Code of medical and sanitary regulations for the guidance of medical officers serving in the Madras Presidency - Volume I
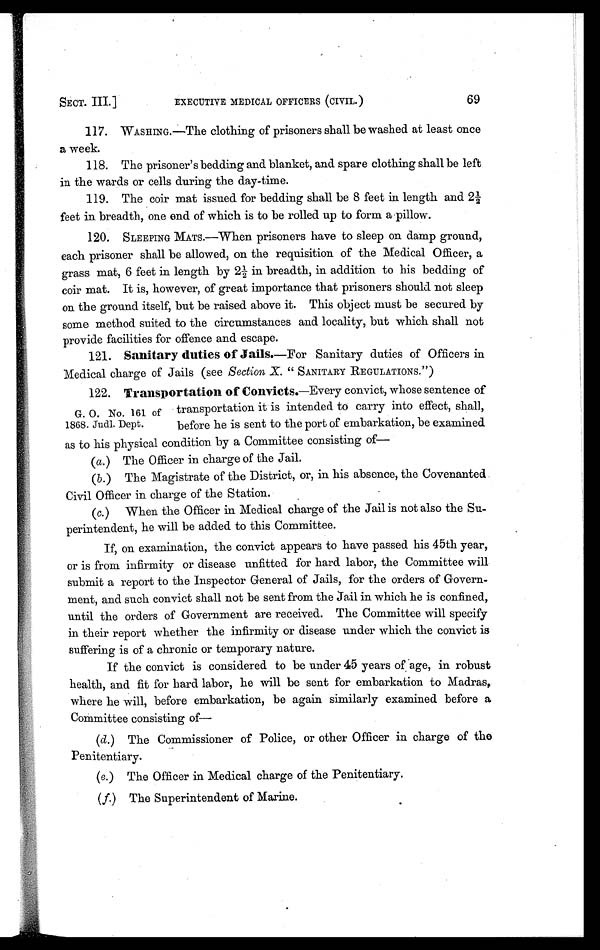
SECT. III.]
EXECUTIVE MEDICAL OFFICERS (CIVIL.)
69
117. WASHING.—The clothing of prisoners shall be washed at least once
a week.
118. The prisoner's bedding and blanket, and spare clothing shall be left
in the wards or cells during the day-time.
119. The coir mat issued for bedding shall be 8 feet in length and 2½
feet in breadth, one end of which is to be rolled up to form a pillow.
120. SLEEPING MATS.—W hen prisoners have to sleep on damp ground,
each prisoner shall be allowed, on the requisition of the Medical Officer, a
grass mat, 6 feet in length by 2½ in breadth, in addition to his bedding of
coir mat. It is, however, of great importance that prisoners should not sleep
on the ground itself, but be raised above it. This object must be secured by
some method suited to the circumstances and locality, but which shall not
provide facilities for offence and escape.
121.
Sanitary duties of Jails. —For Sanitary duties of Officers in
Medical charge of Jails (see Section, X. " SANITARY REGULATIONS.")
122.
Transportation of Convicts. —Every convict, whose sentence of
transportation it is intended to carry into effect, shall,
before he is sent to the port of embarkation, be examined
as to his physical condition by a Committee consisting of—
( a .
) The Officer in charge of the Jail.
( b .
) T h e M a g i s t r a t e o f t h e D i s t r i c t , o r , i n h i s a b s e n c e , t h e C o v e n a n t e d
Civil Officer in charge of the Station.
(c.) When the Officer in Medical charge of the Jail is not also the Su-
perintendent, he will be added to this Committee.
If, on examination, the convict appears to have passed his 45th year,
or is from infirmity or disease unfitted for hard labor, the Committee will
submit a report to the Inspector General of Jails, for the orders of Govern-
ment, and such convict shall not be sent from the Jail in which he is confined,
until the orders of Government are received. The Committee will specify
in their report whether the infirmity or disease under which the convict is
suffering is of a chronic or temporary nature.
If the convict is considered to be under 45 years of age, in robust
health, and fit for bard labor, he will be sent for embarkation to Madras,
where he will, before embarkation, be again similarly examined before a
Committee consisting of
—
(d.) The Commissioner of Police, or other Officer in charge of the
Penitentiary.
(e.) The Officer in Medical charge of the Penitentiary.
(f.) The Superintendent of Marine.
G. 0. No. 161 of
1868. Judi. Dept.